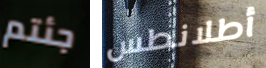
جئتم أطلانطس